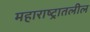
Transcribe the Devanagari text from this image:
महाराष्ट्रातलील